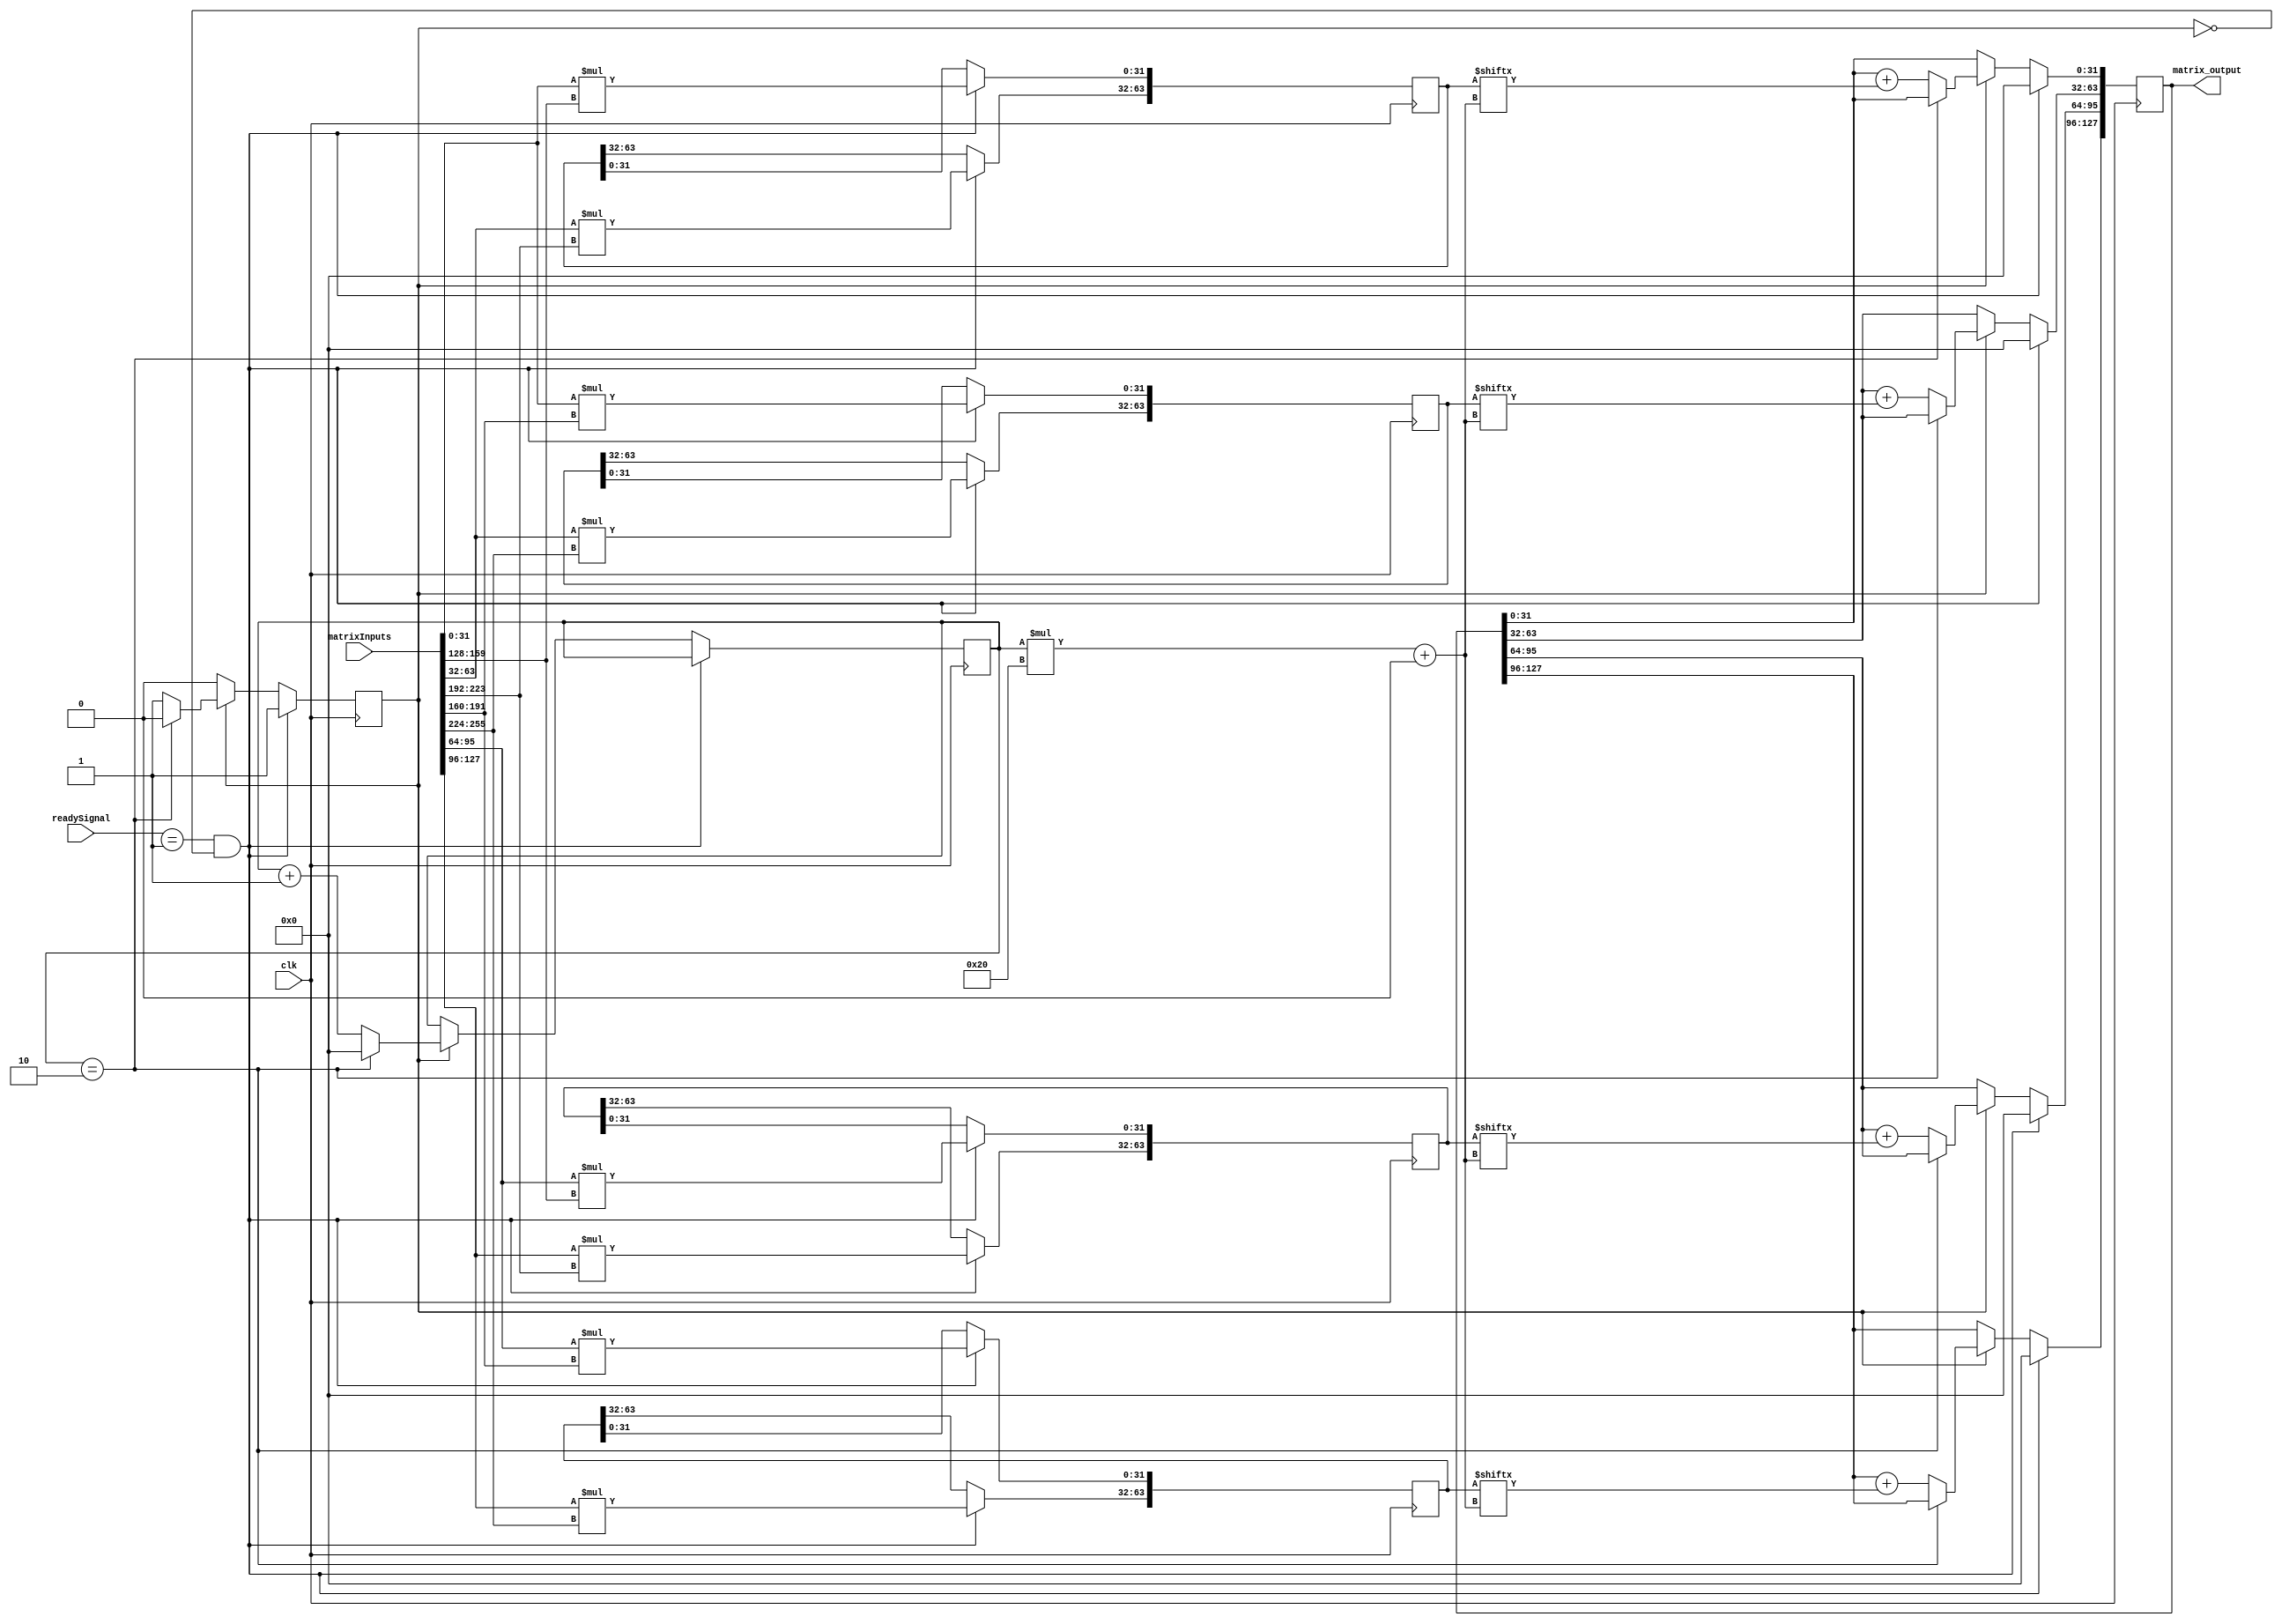
`timescale 1ns / 1ps
//////////////////////////////////////////////////////////////////////////////////
// Company: 
// Engineer: 
// 
// Design Name: 
// Module Name: matrixMultiply
// Project Name: 
// Target Devices: 
// Tool Versions: 
// Description: 
// 
// Dependencies: 
// 
// Revision:
// Revision 0.01 - File Created
// Additional Comments:
// 
//////////////////////////////////////////////////////////////////////////////////


module matrixMultiply1
    # 
    (parameter PARAMREGNUMBERS = 8'd3  ,
               INPUT_REG_NUM = 8'd20,
               OUTPUT_REG_NUM = 8'd4,
               mat1height = 8'd2,
               mat1width = 8'd2,
               mat2width = 8'd2,
               sizeOfMat1 = 8'd4,
               sizeOfMat2 = 8'd4,
               DATABITS = 8'd32
    )
    (
    input clk,
//    input [7:0] mat1height,
//    input [7:0] mat1width,
//    input [7:0] mat2width,
//    input signed [31:0] reg1,
//    input signed [31:0] reg2,
//    input signed [31:0] reg3,
//    input signed [31:0] reg4,
    input signed [DATABITS*(sizeOfMat1+sizeOfMat2)-1:0] matrixInputs, 
    input [DATABITS-1:0] readySignal, // 8+18+1 = 27
    output reg signed [DATABITS*OUTPUT_REG_NUM-1:0] matrix_output
    );
//    reg signed[31:0] sizeOfMat1;
//    reg signed[31:0] sizeOfMat2;
    integer	 result_row;
    integer  result_column;
    integer  term_number;
    integer  k; // for counting the OUTPUT_REG_NUM
    
    reg [31:0] binary_tree_counter = 0;
    
    reg [DATABITS*mat1width-1:0] sums[OUTPUT_REG_NUM-1:0];
    reg working = 0;
    initial begin
//        sizeOfMat1 = mat1height*mat1width;
//        sizeOfMat2 = mat1width*mat2width;
        matrix_output = 0;
        for (k = 0; k <= OUTPUT_REG_NUM - 1; k = k + 1)
        begin
            sums[k] = 0;
        end
    end
    always @(posedge clk) begin
        if(readySignal == 1 && working == 0) begin
            working <= 1;
            matrix_output <= 0;
            for (result_row = 0; result_row<=mat1height-1; result_row = result_row +1)
                for (result_column = 0; result_column<=mat2width-1; result_column = result_column +1)
                    for (term_number = 0; term_number <= mat1width-1; term_number = term_number +1)
                    begin
                        sums[result_row*mat2width+result_column] [(term_number)*DATABITS +: DATABITS]
                            = matrixInputs[(result_row*mat1width+term_number)*DATABITS +: DATABITS]*
                              matrixInputs[(sizeOfMat1+term_number*mat2width+result_column)*DATABITS +: DATABITS]; 
                    end
        end
        else if(working == 1) begin 
            if(binary_tree_counter == mat1width) begin // have done all the summation; TO DO: change this part to efficient algorithm!!
                working <= 0;
                binary_tree_counter <= 0;
            end
            else begin // summing algorithm 
                for(k = 0;k < OUTPUT_REG_NUM; k = k+1) begin
                    matrix_output[DATABITS*k +: DATABITS] <= matrix_output[DATABITS*k +: DATABITS] + sums[k][binary_tree_counter*DATABITS +: DATABITS];
                end
                binary_tree_counter <= binary_tree_counter +1;
            end
        end 
    end
endmodule


//            for ( byte_index1 = 0; byte_index1 <= mat1width-1; byte_index1 = byte_index1+1 )
//                begin
//                // Respective byte enables are asserted as per write strobes 
//                // Slave register 
//                sum1[32*byte_index1 +: 32] <= matrixInputs[(0*mat1width+byte_index1)*32 +: 32]*
//                        matrixInputs[(sizeOfMat1+byte_index1*mat2width+0)*32 +: 32];
//                end 
//            for ( byte_index2 = 0; byte_index2 <= mat1width-1; byte_index2 = byte_index2+1 )
//                begin
//                // Respective byte enables are asserted as per write strobes 
//                // Slave register 
//                out2 <= out2 + matrixInputs[(0*mat1width+byte_index2)*32 +: 32]*
//                               matrixInputs[(sizeOfMat1+byte_index2*mat2width+1)*32 +: 32];
//                end 
//            for ( byte_index3 = 0; byte_index3 <= mat1width-1; byte_index3 = byte_index3+1 )
//                begin
//                // Respective byte enables are asserted as per write strobes 
//                // Slave register 
//                out3 <= out3 + matrixInputs[(1*mat1width+byte_index3)*32 +: 32]*
//                               matrixInputs[(sizeOfMat1+byte_index3*mat2width+0)*32 +: 32];
//                end 
//            for ( byte_index4 = 0; byte_index4 <= mat1width-1; byte_index4 = byte_index4+1 )
//                begin
//                // Respective byte enables are asserted as per write strobes 
//                // Slave register 
//                out4 <= out4 + matrixInputs[(1*mat1width+byte_index4)*32 +: 32]*
//                               matrixInputs[(sizeOfMat1+byte_index4*mat2width+1)*32 +: 32];
//                end